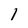
Character: l